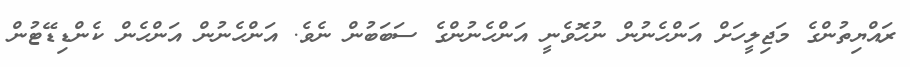
ރައްޔިތުންގެ މަޖިލީހަށް އަންހެނުން ނުހޮވެނީ އަންހެނުންގެ ސަބަބުން ނެވެ. އަންހެނުން އަންހެން ކެންޑިޑޭޓުން